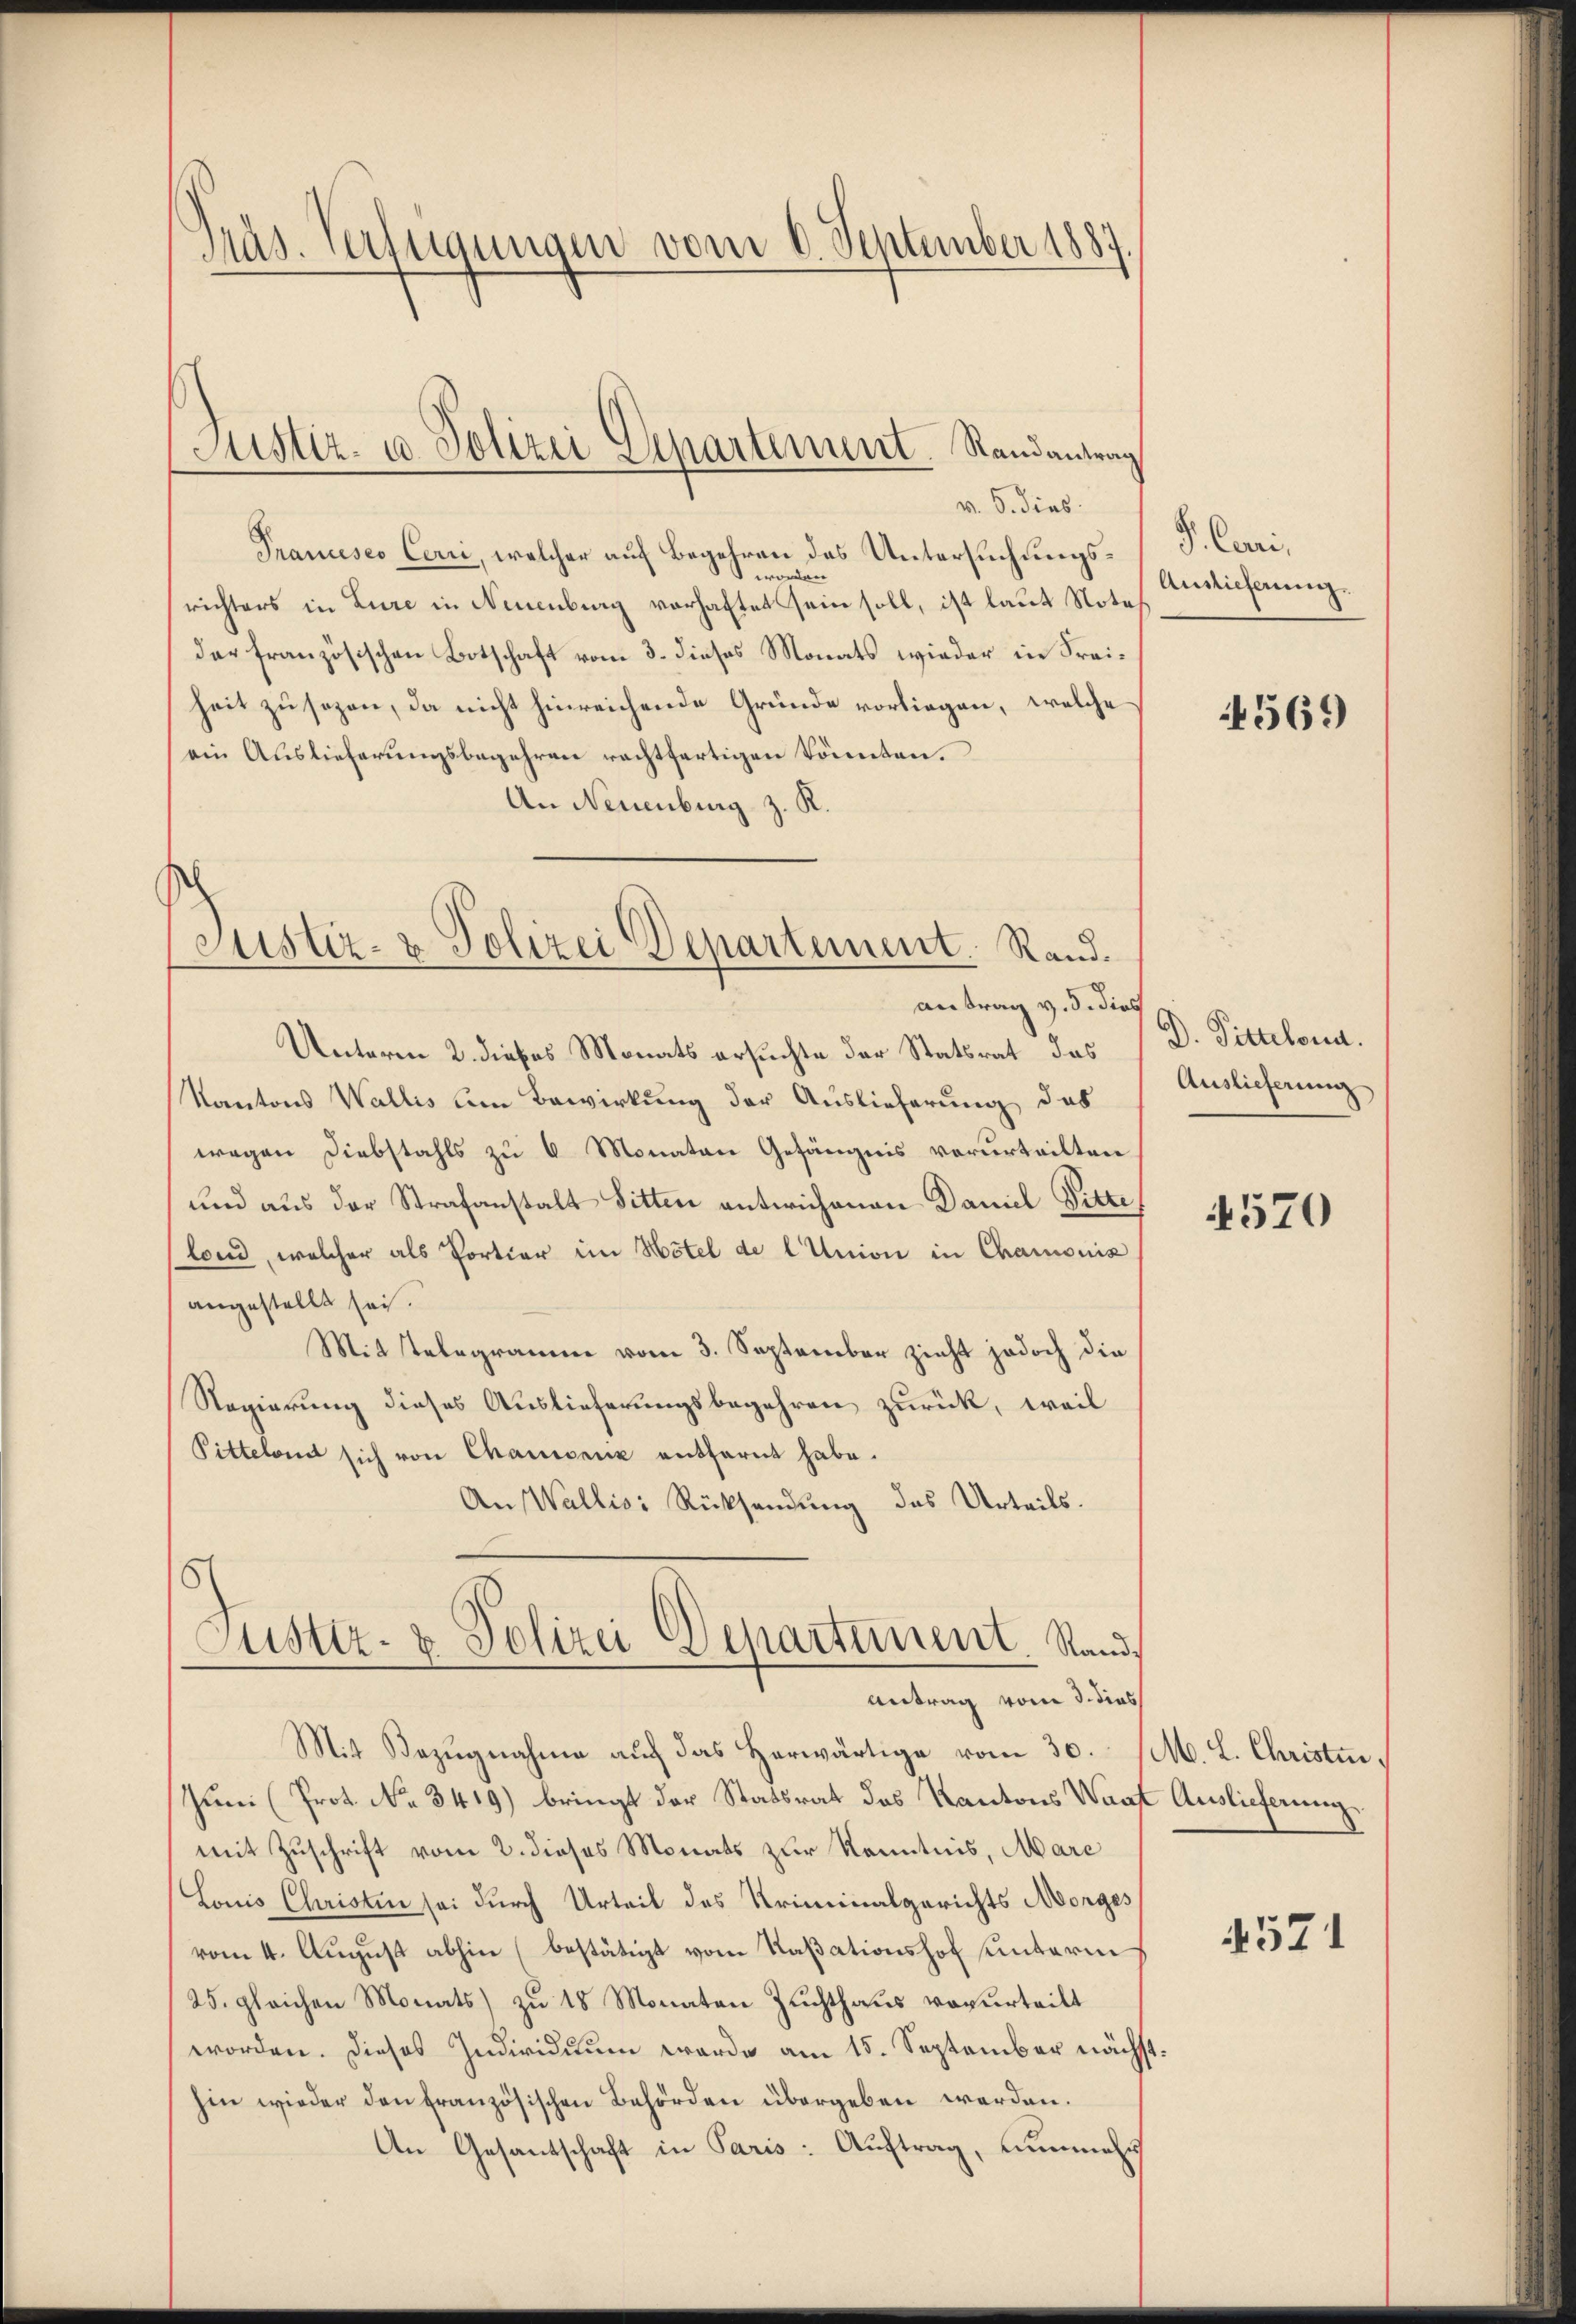
Präs. Verfügungen vom 6. September 1887

Justiz- u Polizei Departement. Randantrag

v. 6. dies
Pranceses Corri, welcher auf Begehren des Untersuchungsrichters in Lure in Neuenburg verhaftet sein soll, ist laut Note
der französischen Botschaft vom 3. dieses Monats wieder in Freiheit zu sezen, da nicht hinreichende Gründe vorliegen, welche
(ein Auslieferungsbegehren rechtfertigen könnten.
An Neuenburg z. R.

Justiz- & Polizei Departement. Randantrag v. 5. dies

5
Justiz- & Polizei Departement. Stand¬
Antrag vom 3. dies

Unterm 2. dieses Monats ersuchte der Statsrat das
Kantons Wallis um Bewirkung der Auslieferung des
wegen Diebstahls zu 6 Monaten Gefängnis verurteilten
und aus der Strafanstalt Sitten entwichenen Daniel Ditte,
lond, welcher als Portiar im Hotel de l Union in Chamonis
angestellt sei.
Mit Telegramm vom 3. September zieht jedoch die
Regierung dieses Auslieferungsbegehren zurück, weil
Pitteland sich von Chamonie entfernt habe.
An Wallis Rücksendung des Urteils.

Mit Bezŭgnahme aŭf das herwärtige vom 30. M. L. Christin,
Jun (Prot. No. 3419) bringt der Statsrat des Kantons Waadt Auslieferung
mit Zuschrift vom 2. dieses Monats zur Kenntnis, Mare
Louis Christin sei durch Urteil des Kriminalgerichts Morges
vom 4. August abhin (bestätigt vom Kaßationshof unterm
25. gleichen Monats) zu 18 Monaten Zuchthaus verurteilt
worden. Dieses Individuum werde am 15. September nächsthin wieder den französischen Behörden übergeben werden.
An Gesantschaft in Paris: Auftrag, nunmehr

S. Cari.
Auslieferung.

4569

D. Pittelord.
Auslieferung

4570

4571